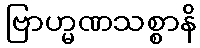
ဗြာဟ္မဏသစ္စာနိ